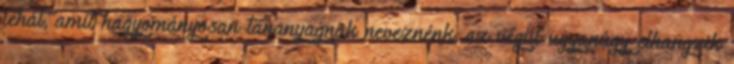
tehát, amit hagyományosan tananyagnak neveznénk, az végül ugyanúgy elhangzik